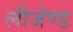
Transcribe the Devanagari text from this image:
लीजेण्ड